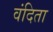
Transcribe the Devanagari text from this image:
वंदिता